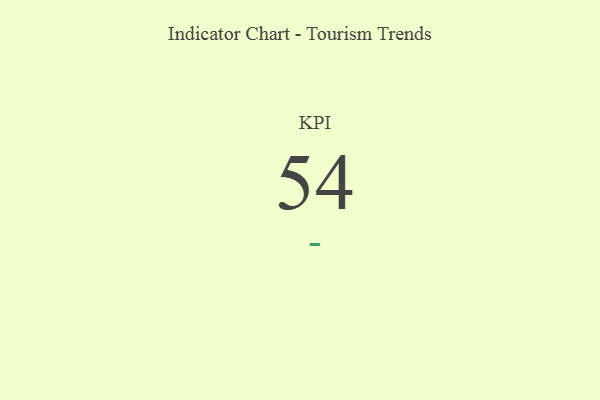
{"axis": {"x": "KPI", "y": "Value"}, "legend": [""], "data": [{"x": "KPI", "y": 54, "type": ""}]}